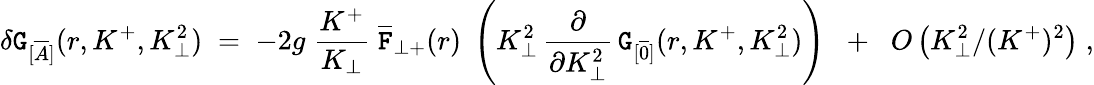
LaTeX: \delta{\tt G}_{[\overline{{{A}}}]}(r,K^{+},K_{\perp}^{2})\; =\; -2g\; \frac{K^{+}}{K_{\perp}}\; {\overline{{{\tt F}}}}_{\perp+}(r)\; \left(K_{\perp}^{2}\, \frac{\partial}{\partial K_{\perp}^{2}}\, {\tt G}_{[\overline{{{0}}}]}(r,K^{+},K_{\perp}^{2})\right)\; \; +\; \; O\left(K_{\perp}^{2}/(K^{+})^{2}\right)\; ,